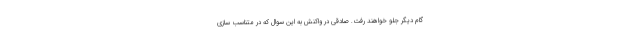
گام دیگر جلو خواهند رفت. صادقی در واکنش به این سوال که در متناسب سازی